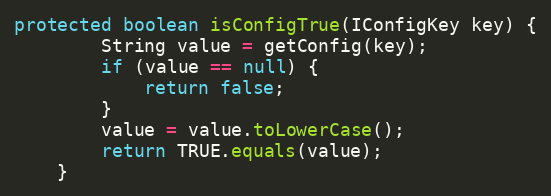
Language: Java
protected boolean isConfigTrue(IConfigKey key) {
        String value = getConfig(key);
        if (value == null) {
            return false;
        }
        value = value.toLowerCase();
        return TRUE.equals(value);
    }